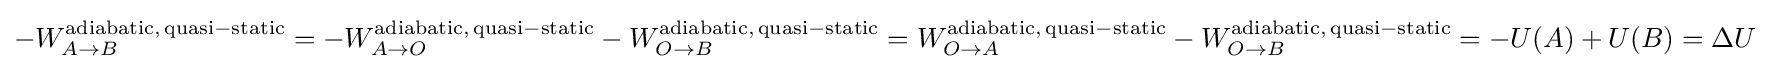
-W_{A\to B}^{\mathrm {adiabatic,\,quasi-static} }=-W_{A\to O}^{\mathrm {adiabatic,\,quasi-static} }-W_{O\to B}^{\mathrm {adiabatic,\,quasi-static} }=W_{O\to A}^{\mathrm {adiabatic,\,quasi-static} }-W_{O\to B}^{\mathrm {adiabatic,\,quasi-static} }=-U(A)+U(B)=\Delta U